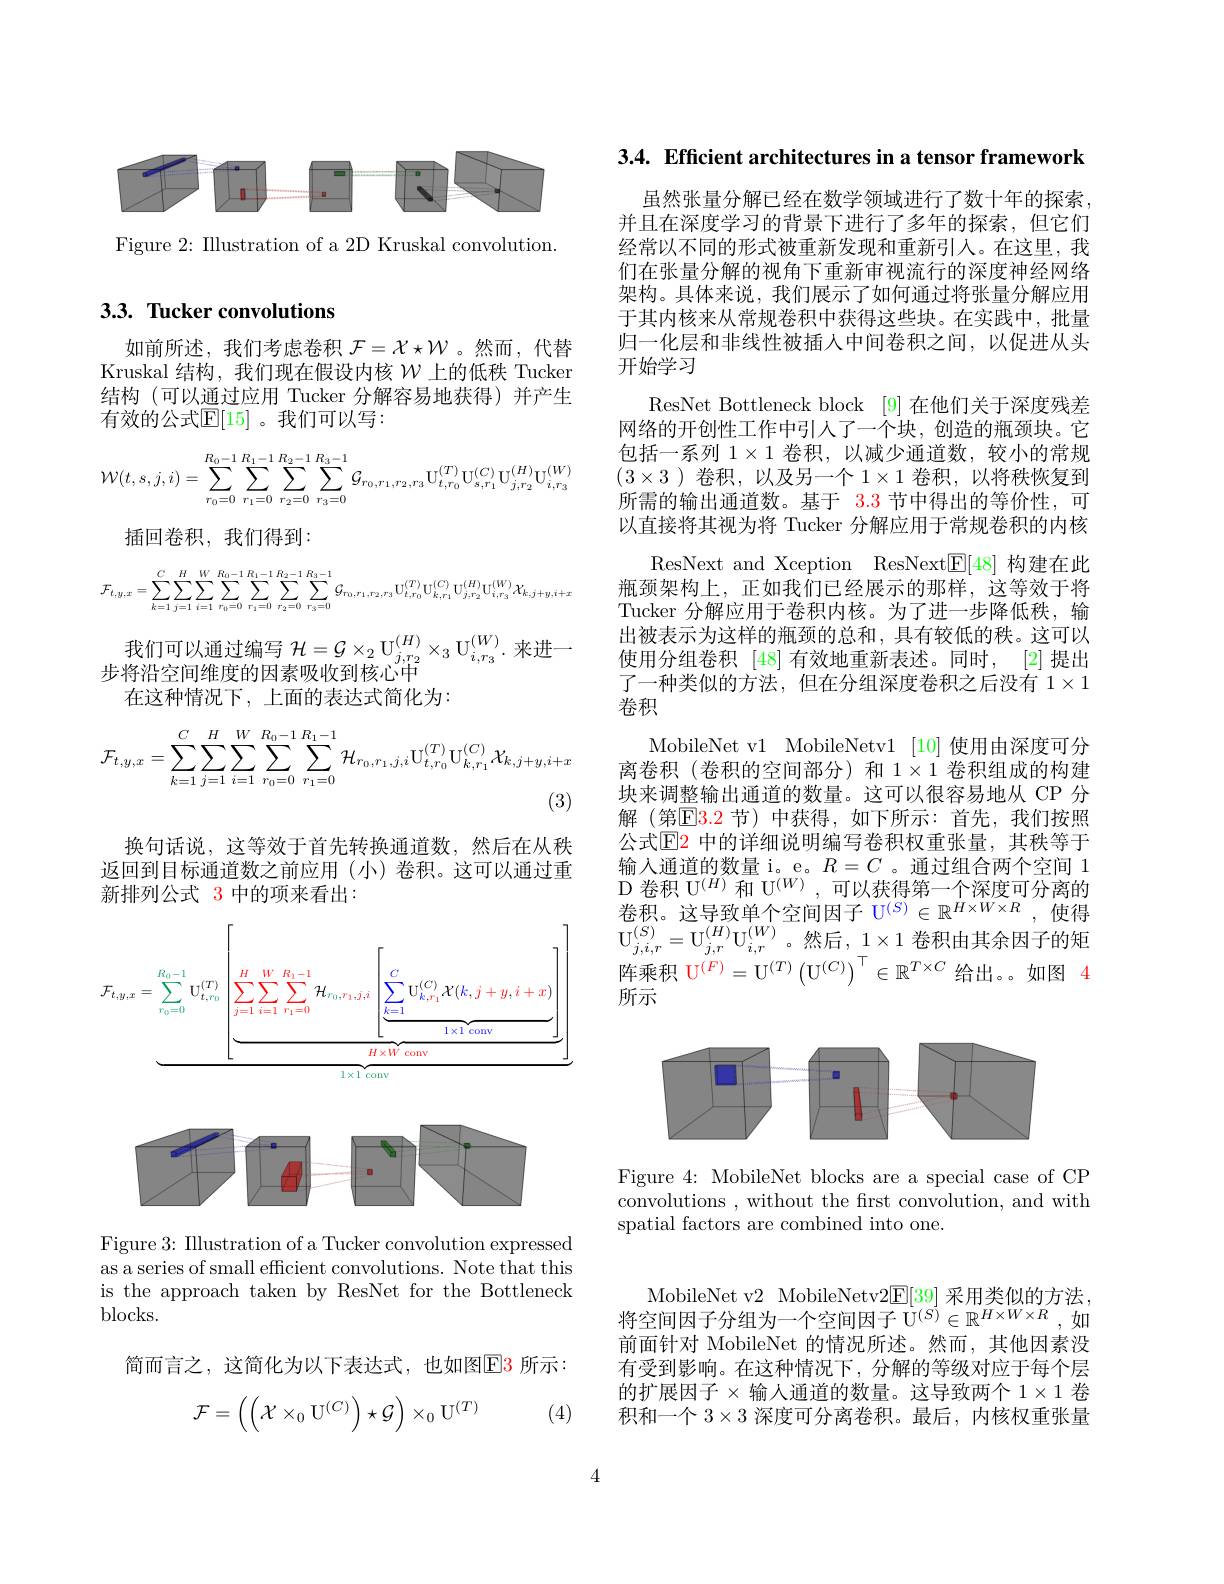
<FigureHere>

Figure 2: Illustration of a 2D Kruskal convolution.

## 3.3. Tucker convolutions

如前所述，我们考虑卷积$\mathcal{F}=\mathcal{X}\star\mathcal{W}$ 。然而，代替Kruskal 结构，我们现在假设内核$\mathcal{W}$上的低秩 Tucker 结构(可以通过应用 Tucker 分解容易地获得)并产生有效的公式$\mathbb{E}[15]$。我们可以写：
$$\mathcal W(t,s,j,i)=\sum\limits_{r_0=0}^{R_0-1}\sum\limits_{r_1=0}^{R_1-1}\sum\limits_{r_2=0}^{R_2-1}\sum\limits_{r_3=0}^{R_3-1}\mathcal G_{r_0,r_1,r_2,r_3}\mathrm{U}_{t,r_0}^{(T)}\mathrm{U}_{s,r_1}^{(C)}\mathrm{U}_{j,r_2}^{(H)}\mathrm{U}_{i,r_3}^{(W)}$$
插回卷积，我们得到：
$$\mathcal{F}_{t,y,x}=\sum_{k=1}^{C}\sum_{j=1}^{H}\sum_{i=1}^{W}\sum_{r_{0}=0}^{R_{0}-1}\sum_{r_{1}=0}^{R_{1}-1}\sum_{r_{2}=0}^{R_{3}-1}G_{r_{0},r_{1},r_{2},r_{3}}U_{t,r_{0}}^{(T)}U_{k,r_{1}}^{(C)}U_{j,r_{2}}^{(H)}U_{i,r_{3}}^{(W)}X_{k,j+y,i+x}$$
我 们 可 以 通 过 编 写 $\mathcal{H} = \mathcal{G} \times _2\mathrm{~U}_{j, r_2}^{( H) }\times _3\mathrm{~U}_{i, r_3}^{( W) }.$ 来 进 一
步将沿空间维度的因素吸收到核心中
在这种情况下，上面的表达式简化为：
$$\mathcal{F}_{t,y,x}=\sum\limits_{k=1}^{C}\sum\limits_{j=1}^{H}\sum\limits_{i=1}^{W}\sum\limits_{r_{0}=0}^{R_{0}-1}\sum\limits_{r_{1}=0}^{R_{1}-1}\mathcal{H}_{r_{0},r_{1},j,i}\mathrm{U}_{t,r_{0}}^{(T)}\mathrm{U}_{k,r_{1}}^{(C)}\mathcal{X}_{k,j+y,i+x}$$
(3)

换句话说，这等效于首先转换通道数，然后在从秩返回到目标通道数之前应用(小)卷积。这可以通过重新排列公式 3 中的项来看出：

<FigureHere>

Figure 3: Illustration of a Tucker convolution expressed as a series of small efficient convolutions. Note that this is the approach taken by ResNet for the Bottleneck $blocks.$

简而言之，这简化为以下表达式，也如图E3 所示：
$$\mathcal{F}=\left(\left(\mathcal{X}\times_0\mathrm{U}^{(C)}\right)\star\mathcal{G}\right)\times_0\mathrm{U}^{(T)}$$
(4)

3.4. Efficient architectures in a tensor framework

虽然张量分解已经在数学领域进行了数十年的探索并且在深度学习的背景下进行了多年的探索，但它们经常以不同的形式被重新发现和重新引人。在这里，我们在张量分解的视角下重新审视流行的深度神经网络架构。具体来说，我们展示了如何通过将张量分解应用于其内核来从常规卷积中获得这些块。在实践中，批量归一化层和非线性被插人中间卷积之间，以促进从头开始学习
ResNet Bottleneck block [9]在他们关于深度残差网络的开创性工作中引人了一个块，创造的瓶颈块。它包括一系列$1\times1$卷积，以减少通道数，较小的常规$(3\times3)$卷积，以及另一个$1\times1$卷积，以将秩恢复到所需的输出通道数。基于 3.3 节中得出的等价性，可以直接将其视为将 Tucker 分解应用于常规卷积的内核
ResNext and Xception ResNext$\underline{\mathrm{E}}[48]$构建在此瓶颈架构上，正如我们已经展示的那样，这等效于将Tucker 分解应用于卷积内核。为了进一步降低秩，输出被表示为这样的瓶颈的总和，具有较低的秩。这可以使用分组卷积 [48]有效地重新表述。同时，[2]提出了一种类似的方法，但在分组深度卷积之后没有$1\times1$ 卷积
MobileNet v1 MobileNetv1 [10] 使用由深度可分离卷积(卷积的空间部分)和$1\times1$卷积组成的构建块来调整输出通道的数量。这可以很容易地从 CP 分解(第$\boxed{\mathrm{F}}3.2$ 节)中获得，如下所示：首先，我们按照公式$\mathbb{E}$2 中的详细说明编写卷积权重张量，其秩等于输入通道的数量 i。e。$R=C$ 。通过组合两个空间 1 D 卷积 U$^{(H)}$和 U$^{(W)}$,可以获得第一个深度可$\text{卷 积 。这 导 致 单 个 空 间 因 子 U}^{( S) }\in \mathbb{R} ^{\dot{H} \times W\times R}$,使 得 $\mathrm{U} _{j, i, r}^{( S) }= \mathrm{U} _{j, r}^{( H) }\mathrm{U} _{i, r}^{( W) }$。然 后 , $1\times 1$ 卷 积 由 其 余 因 子 的 矩阵乘积$\mathrm{U}^{(F)}=\mathrm{U}^{(T)}\left(\mathrm{U}^{(C)}\right)^{\top}\in\mathbb{R}^{T\times C}$给出。如图 4所示

<FigureHere>

Figure 4: MobileNet blocks are a special case of CP convolutions , without the frst convolution, and with spatial factors are combined into one.

MobileNet v2 MobileNetv2$\mathbb{E}[39]$采用类似的方法， 将空间因子分组为一个空间因子 U$^{(S)}\in\mathbb{R}^{H\times W\times R}$,如前面针对 MobileNet 的情况所述。然而，其他因素没有受到影响。在这种情况下，分解的等级对应于每个层的扩展因子$\times$输人通道的数量。这导致两个 1$\times1$卷积和一个$3\times3$深度可分离卷积。最后，内核权重张量